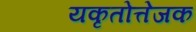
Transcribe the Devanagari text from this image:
यकृतोत्तेजक